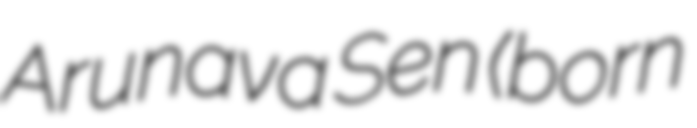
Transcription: Arunava Sen (born